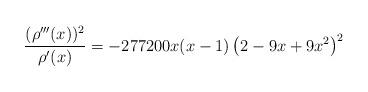
LaTeX: \begin{align*} \frac{(\rho'''(x))^2}{\rho'(x)}= -277200 x (x-1) \left(2-9 x+9 x^2\right)^2\end{align*}